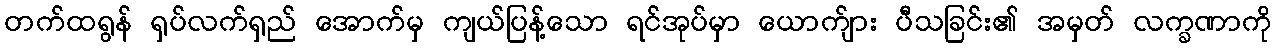
တက်ထရွန် ရှပ်လက်ရှည် အောက်မှ ကျယ်ပြန့်သော ရင်အုပ်မှာ ယောက်ျား ပီသခြင်း၏ အမှတ် လက္ခဏာကို